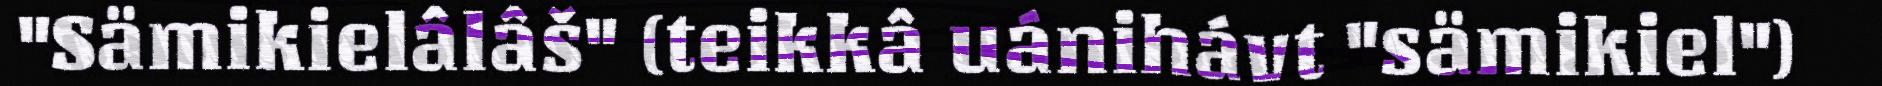
"Sämikielâlâš" (teikkâ uánihávt "sämikiel")